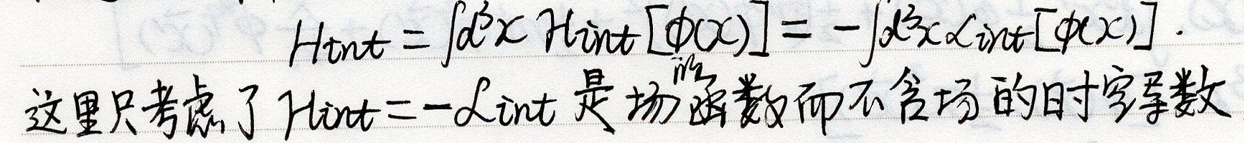
\[
H_{\mathrm{int}}=\int d^{3}x \mathcal{H}_{\mathrm{int}}[\phi(x)]=-\int d^{3}x \mathcal{L}_{\mathrm{int}}[\phi(x)]
\]
这里只考虑了 \(H_{\mathrm{int}} = -\mathcal{L}_{\mathrm{int}}\) 是场函数而不含场的时空导数。